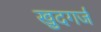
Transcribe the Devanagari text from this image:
खुदगर्ज